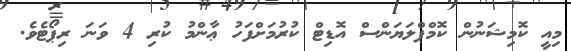
މިއީ ކޮމިޝަނުން ކޮމްޕްލަޔަންސް އޮޑިޓް ކުރުމަށްފަހު ޢާންމު ކުރި 4 ވަނަ ރިޕޯޓެވެ.